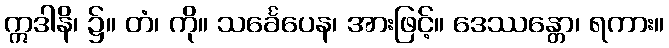
ဣဒါနိ၊ ၌။ တံ၊ ကို။ သင်္ခေပေန၊ အားဖြင့်။ ဒေဿန္တော၊ ရကား။